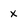
Character: x